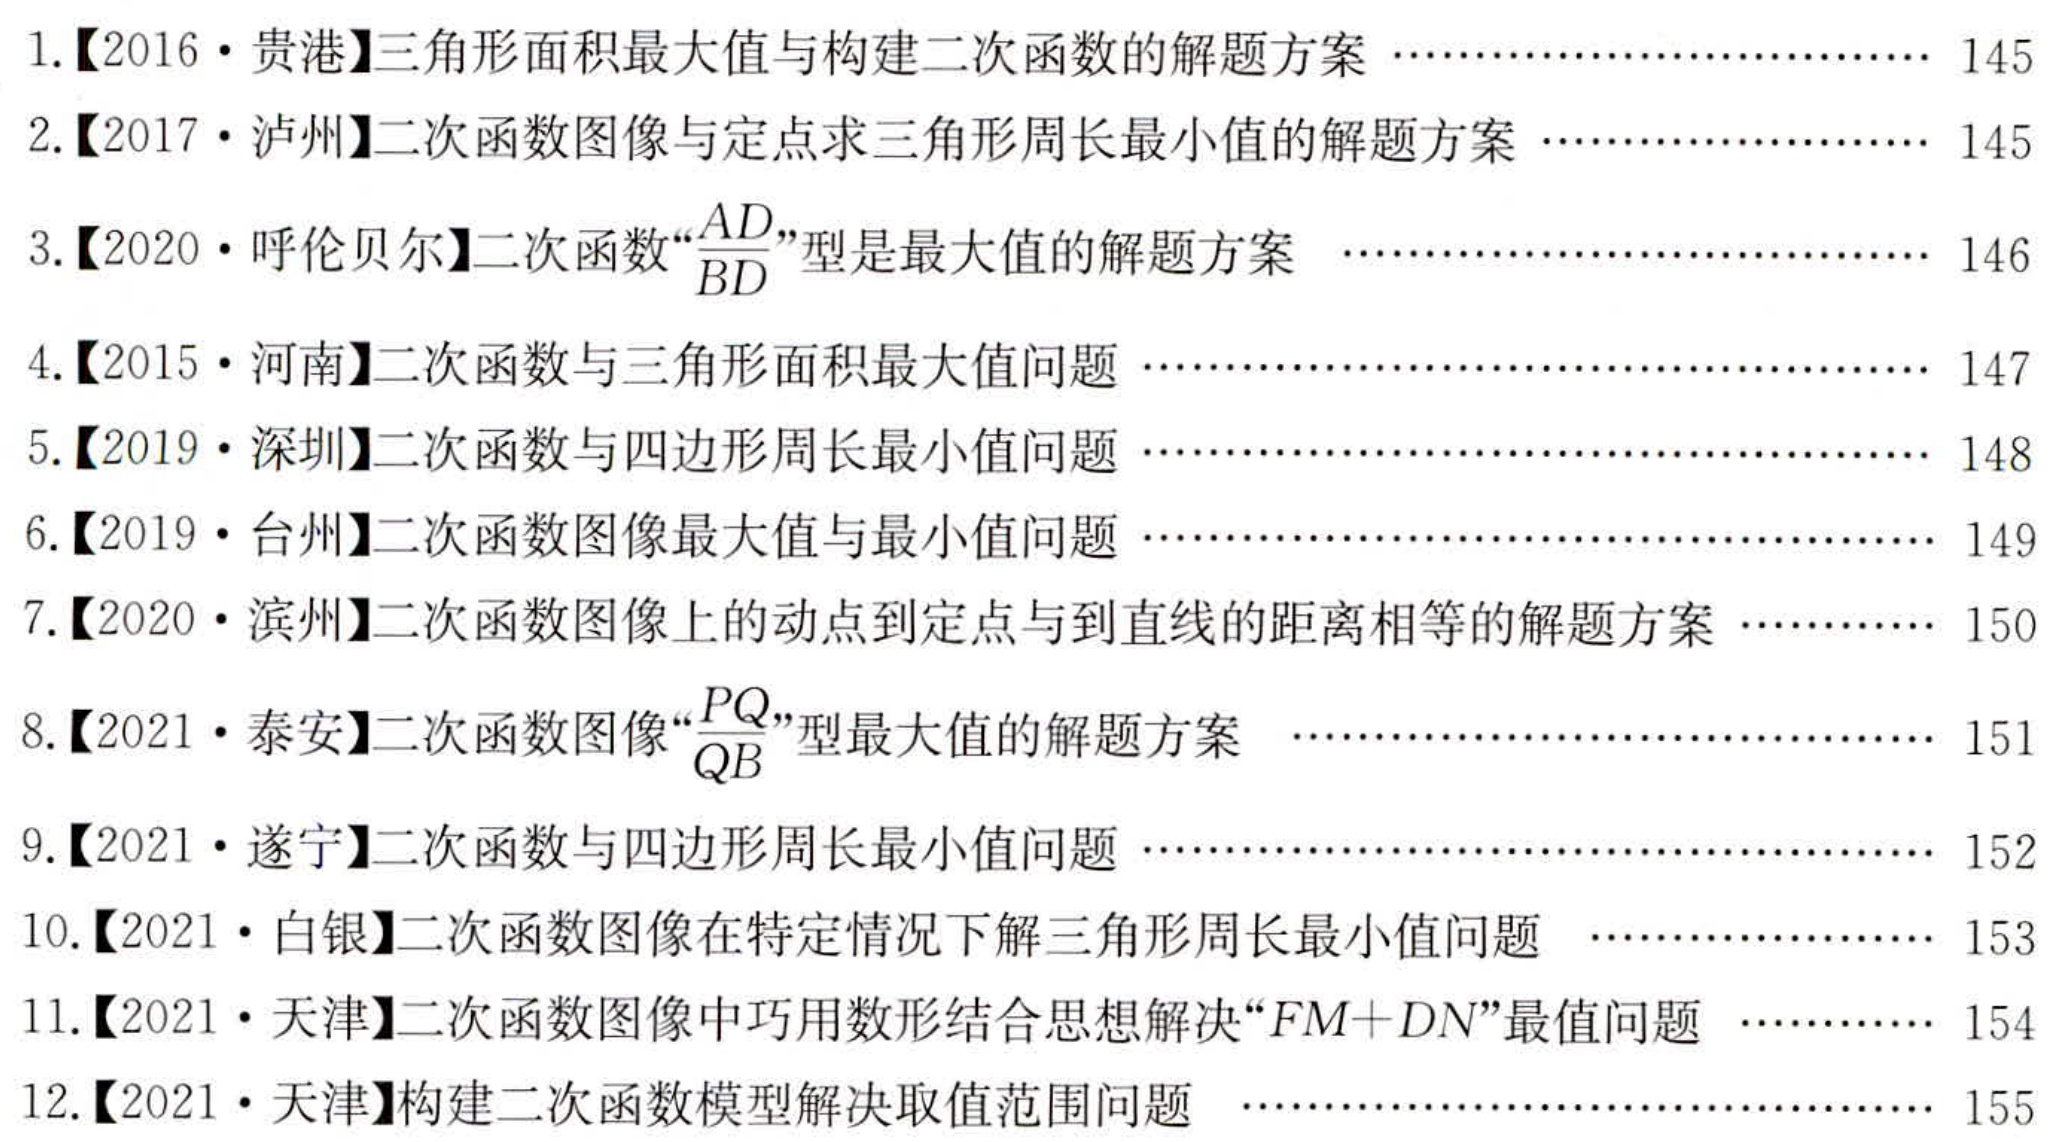
1.【2016·贵港】三角形面积最大值与构建二次函数的解题方案 ………………………… 145
2.【2017·泸州】二次函数图像与定点求三角形周长最小值的解题方案 ………………………… 145
3.【2020·呼伦贝尔】二次函数“\(\frac{AD}{BD}\)”型是最大值的解题方案 ………………………… 146
4.【2015·河南】二次函数与三角形面积最大值问题 ………………………… 147
5.【2019·深圳】二次函数与四边形周长最小值问题 ………………………… 148
6.【2019·台州】二次函数图像最大值与最小值问题 ………………………… 149
7.【2020·滨州】二次函数图像上的动点到定点与到直线的距离相等的解题方案 …………… 150
8.【2021·泰安】二次函数图像“\(\frac{PQ}{QB}\)”型最大值的解题方案 ………………………… 151
9.【2021·遂宁】二次函数与四边形周长最小值问题 ………………………… 152
10.【2021·白银】二次函数图像在特定情况下解三角形周长最小值问题 ……………………… 153
11.【2021·天津】二次函数图像中巧用数形结合思想解决“\(FM + DN\)”最值问题 …………… 154
12.【2021·天津】构建二次函数模型解决取值范围问题 ………………………… 155